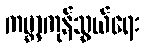
ကမ္ဘာ့ကုန်သွယ်ရေး